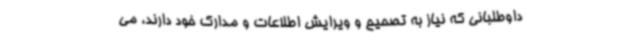
داوطلبانی که نیاز به تصحیح و ویرایش اطلاعات و مدارک خود دارند، می